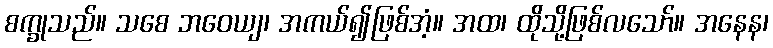
စက္ခုသည်။ သစေ ဘဝေယျ၊ အကယ်၍ဖြစ်အံ့။ အထ၊ ထိုသို့ဖြစ်လသော်။ အနေန၊